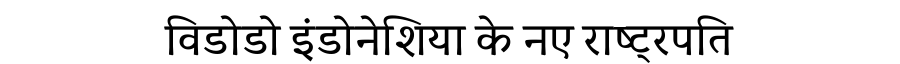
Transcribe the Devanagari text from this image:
विडोडो इंडोनेशिया के नए राष्ट्रपति